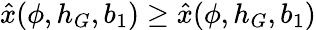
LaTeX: \hat{x}(\phi,h_{G},b_{1})\geq\hat{x}(\phi,h_{G},b_{1})